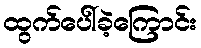
ထွက်ပေါ်ခဲ့ကြောင်း